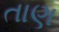
તાણ